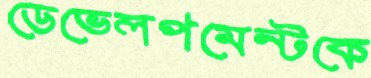
ডেভেলপমেন্টকে